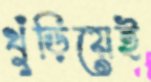
খুঁড়িয়েই